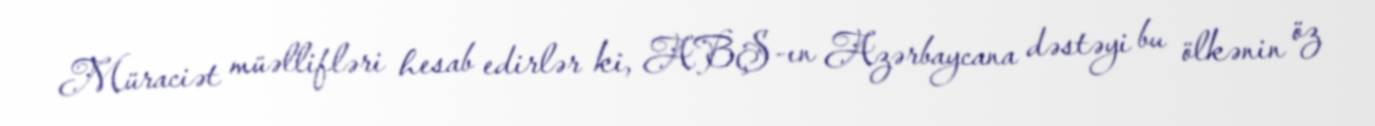
Müraciət müəllifləri hesab edirlər ki, ABŞ-ın Azərbaycana dəstəyi bu ölkənin öz